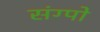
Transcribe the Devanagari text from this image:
संग्पो